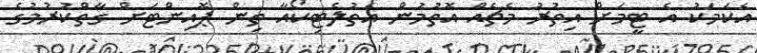
އެކަމަކު އެ ޓީމަށް އިތުރު މެޗެއް އޮތުމުން އެތުލެޓިކޯއާ ތިން ޕޮއިންޓަށް ގާތްކުރުމުގެ